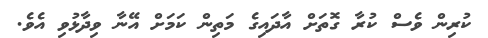
ކުރިން ވެސް ކުރާ ގޮތަށް އާދައިގެ މަތިން ކަމަށް އޭނާ ވިދާޅުވި އެވެ.